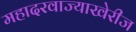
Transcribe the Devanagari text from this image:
महादरवाज्याखेरीज